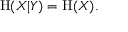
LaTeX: \mathrm { H } ( X | Y ) = \mathrm { H } ( X ) .